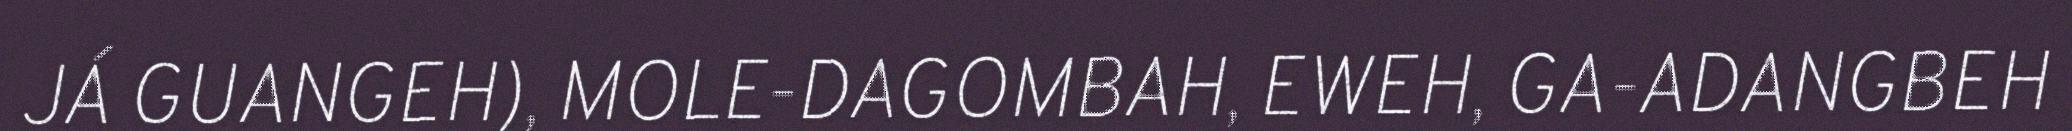
JÁ GUANGEH), MOLE-DAGOMBAH, EWEH, GA-ADANGBEH